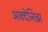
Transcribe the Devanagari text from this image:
अक्देनिझ